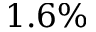
1 . 6 \%